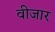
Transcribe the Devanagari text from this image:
वीजार